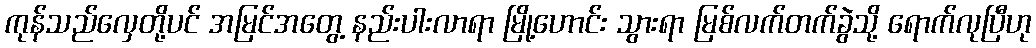
ကုန်သည်လှေတို့ပင် အမြင်အတွေ့ နည်းပါးလာရာ မြို့ဟောင်း သွားရာ မြစ်လက်တက်ခွဲသို့ ရောက်လုပြီဟု